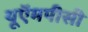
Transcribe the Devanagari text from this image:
यूऍमपीसी